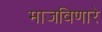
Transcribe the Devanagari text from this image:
माजविणारे